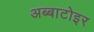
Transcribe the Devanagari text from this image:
अब्बाटोइर